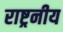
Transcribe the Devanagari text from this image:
राष्ट्रनीय